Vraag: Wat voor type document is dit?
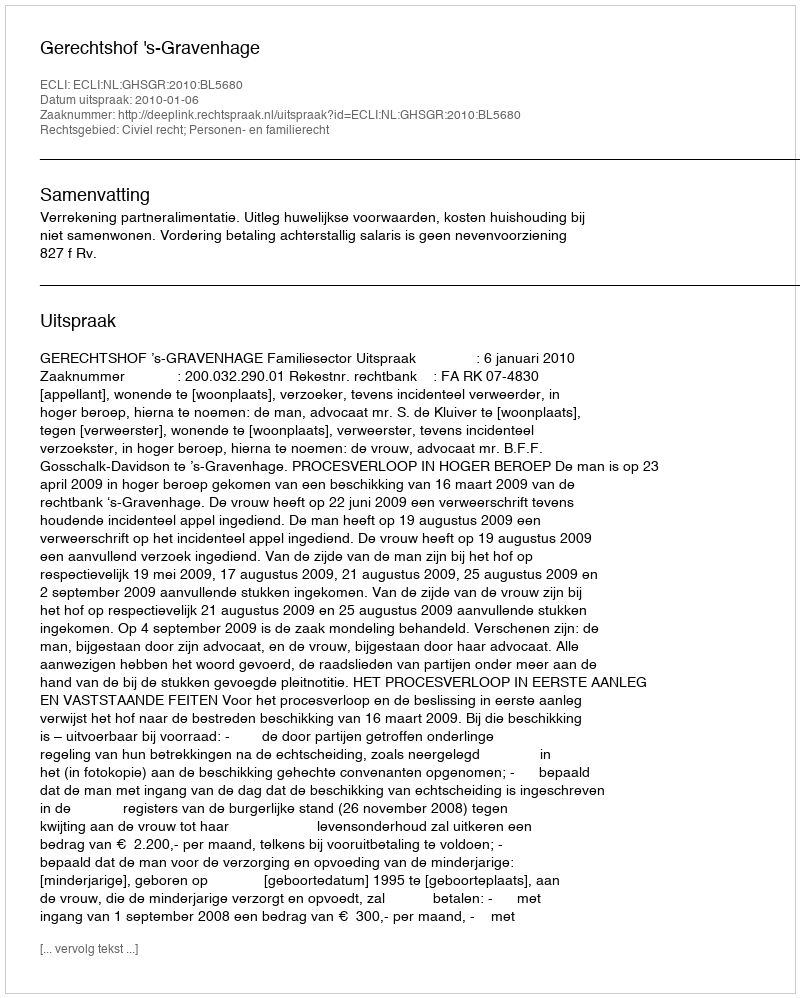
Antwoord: Uitspraak